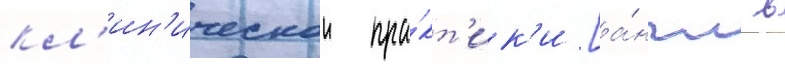
кл'ин'ическои пра́кт'ик'и [а́нгл. в